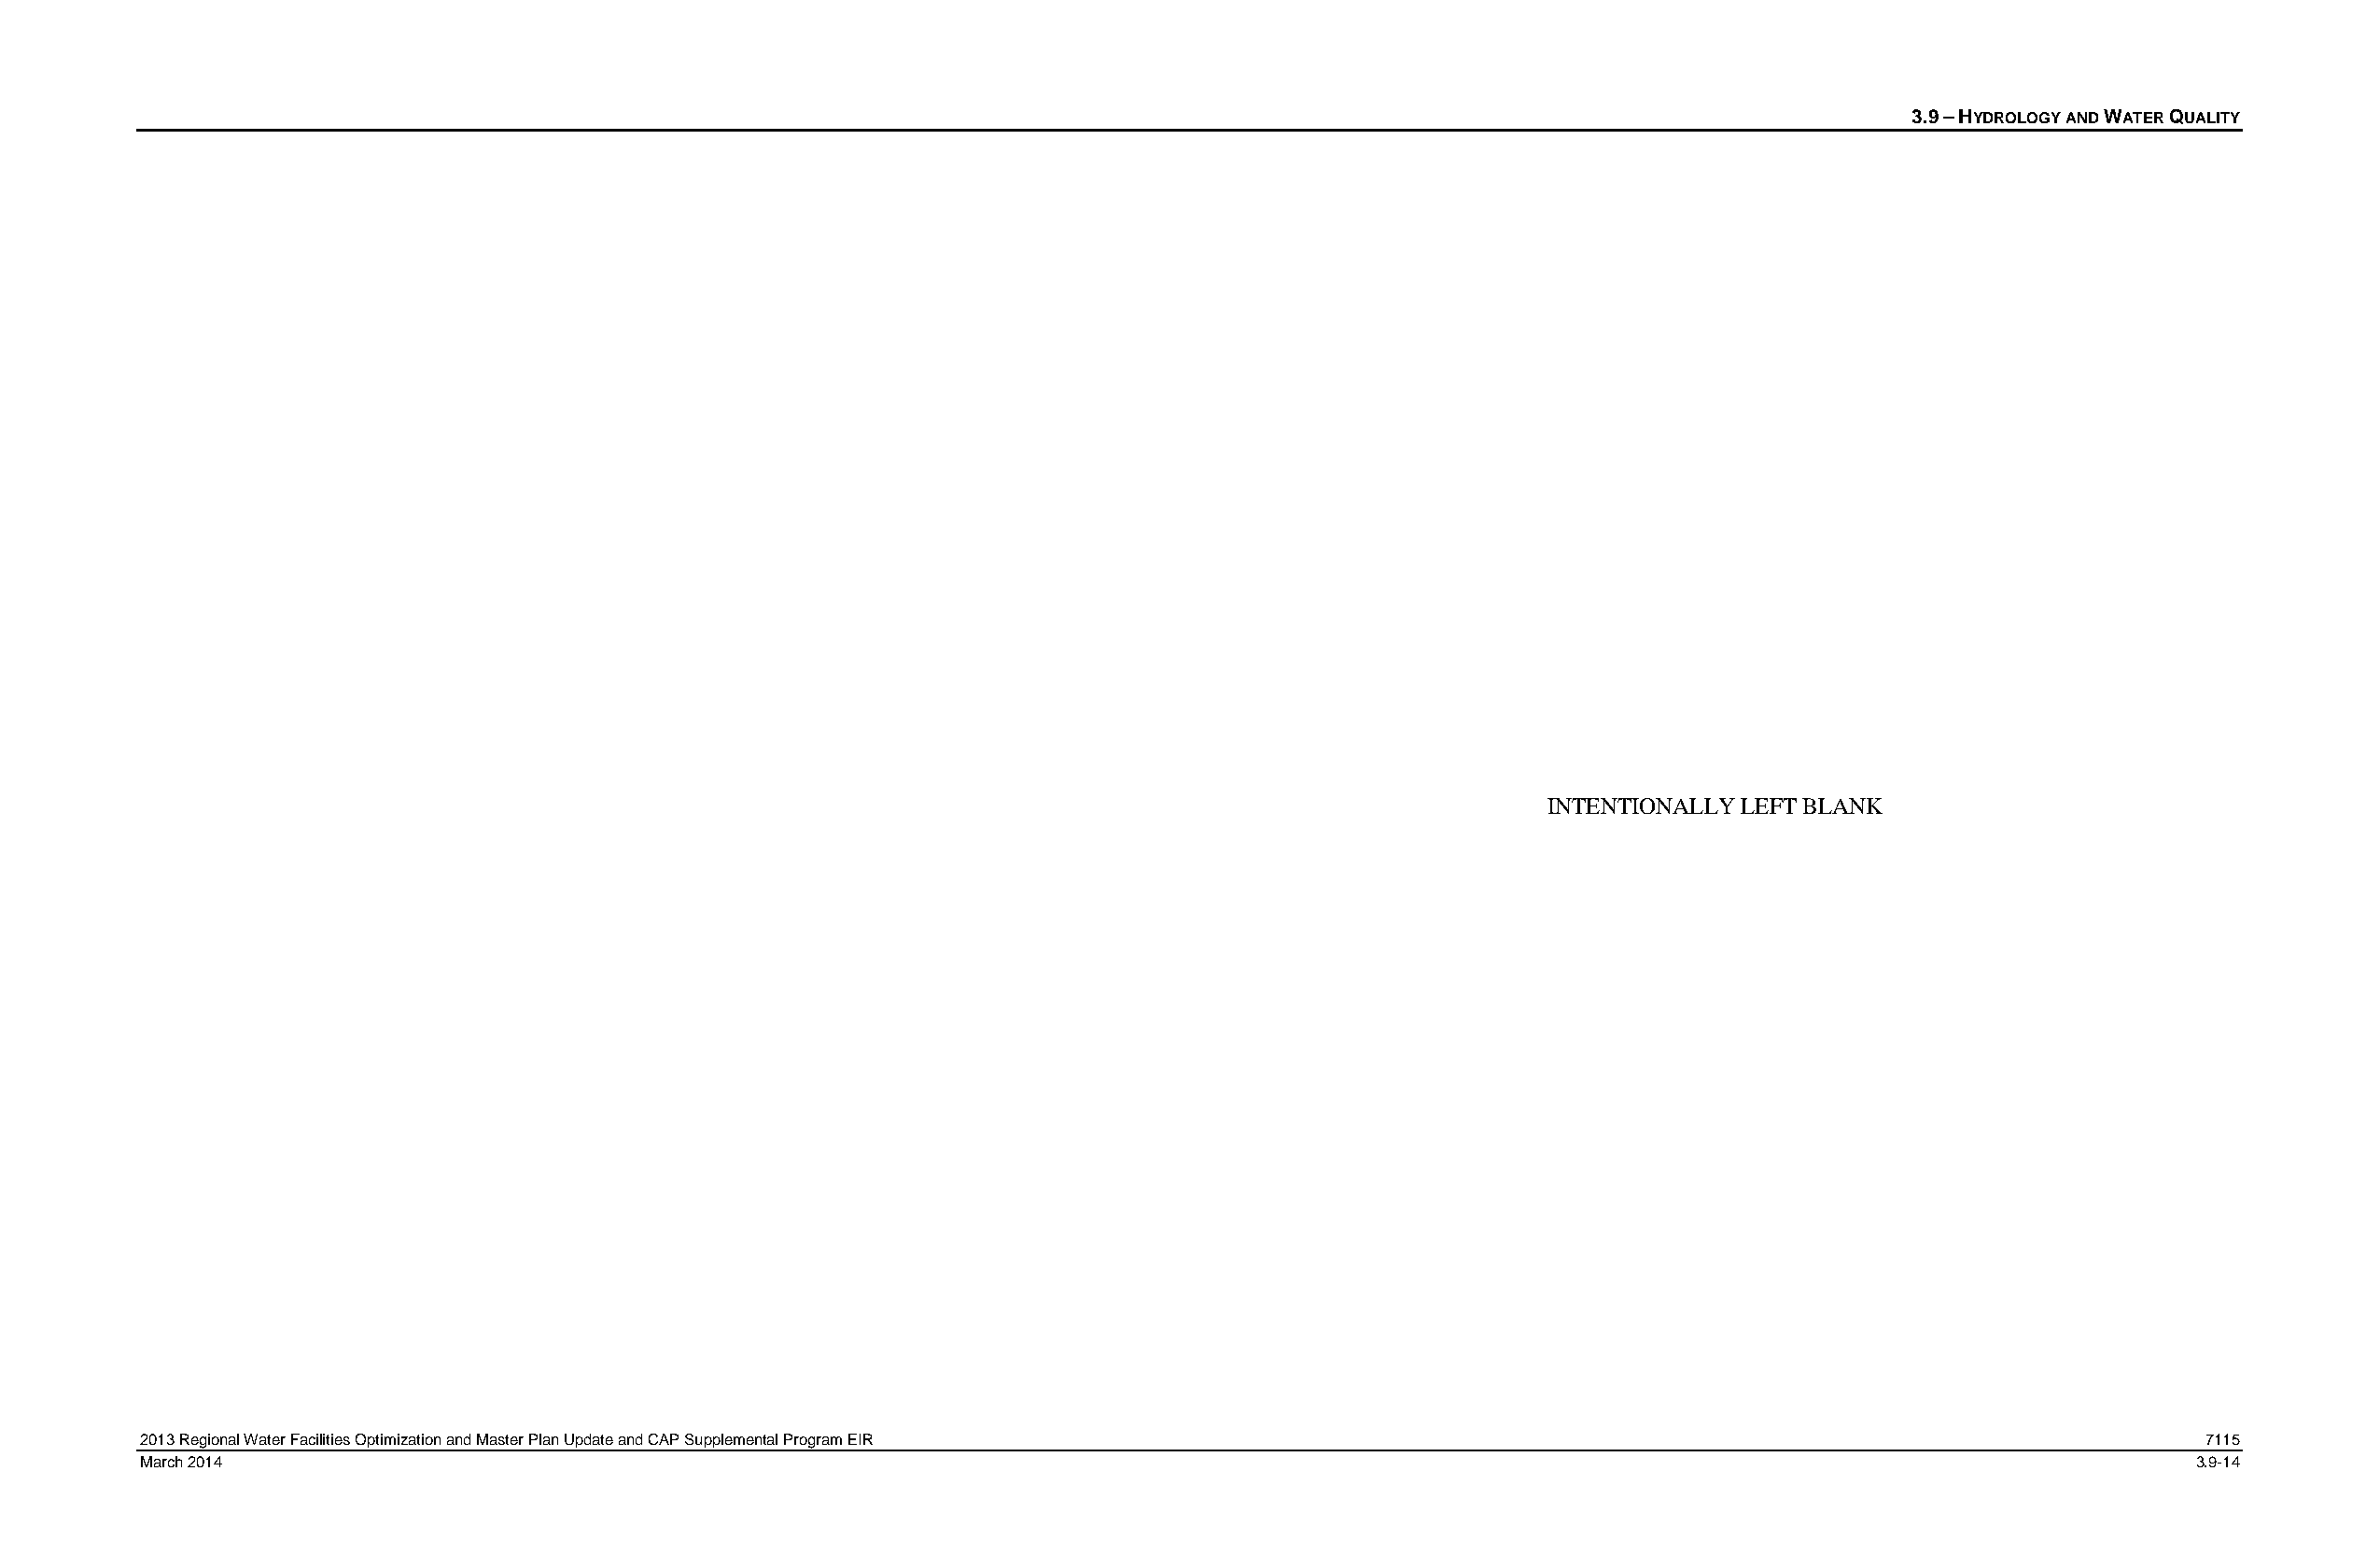
3.9 – HYDROLOGY AND WATER QUALITY
 INTENTIONALLY LEFT BLANK
 2013 Regional Water Facilities Optimization and Master Plan Update and CAP Supplemental Program EIR                                               7115
 March 2014                                                                                                                                        3.9-14